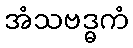
အံသဗဒ္ဓကံ